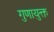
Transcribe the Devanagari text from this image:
गुणायुक्त